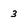
Character: 3